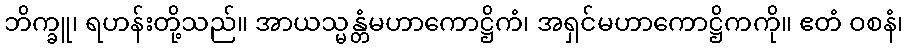
ဘိက္ခူ၊ ရဟန်းတို့သည်။ အာယသ္မန္တံမဟာကောဋ္ဌိကံ၊ အရှင်မဟာကောဋ္ဌိကကို။ ဧတံ ဝစနံ၊